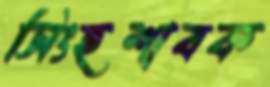
সিংহশাবক